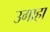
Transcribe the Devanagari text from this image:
उगाहा